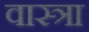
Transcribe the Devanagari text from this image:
वास्त्रा